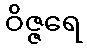
ဝိဇ္ဇရေ